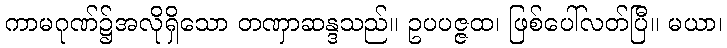
ကာမဂုဏ်၌အလိုရှိသော တဏှာဆန္ဒသည်။ ဥပပဇ္ဇထ၊ ဖြစ်ပေါ်လတ်ပြီ။ မယာ၊